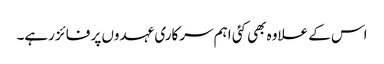
اس کے علاوہ بھی کئی اہم سرکاری عہدوں پر فائز رہے۔